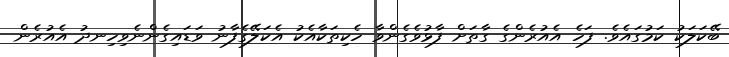
ބޭކަލަކު ކަމުގައެވެ. ފަހެ އެއުރެންގެ ގާތަށް ފާޅުވެގެންވާ ހެކިތަކާއެކު އެކަލޭގެފާނު ވަޑައިގެންނެވިހިނދު އެއުރެން